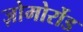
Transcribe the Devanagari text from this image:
ज़ोमोर्रोड